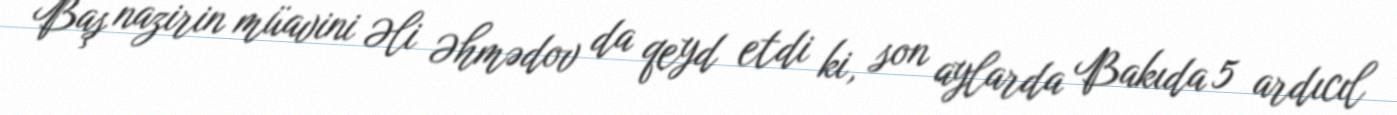
Baş nazirin müavini Əli Əhmədov da qeyd etdi ki, son aylarda Bakıda 5 ardıcıl